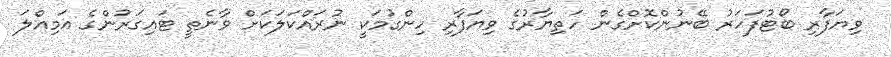
ވިޔަފާރި ބޯޓުފަހަރު ބޭނުންކޮށްގެން ހަތިޔާރުގެ ވިޔަފާރި ހިންގުމަކީ ނުރައްކަލަކަށް ވާނެތީ ޓައިގަރުންގެ އަމިއްލަ